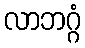
လာဘဂ္ဂံ